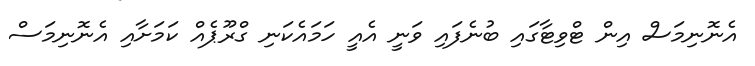
އެނޮނިމަސް އިން ޓްވިޓާގައި ބުނެފައި ވަނީ އެއީ ހަމައެކަނި ގްރޫޕެއް ކަމަށާއި އެނޮނިމަސް